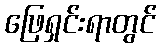
ဖြေရှင်းရာတွင်